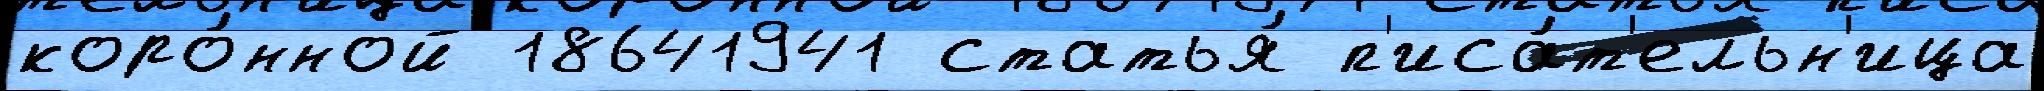
коро́нной 18641941 статья́ п'иса́т'ельн'ица